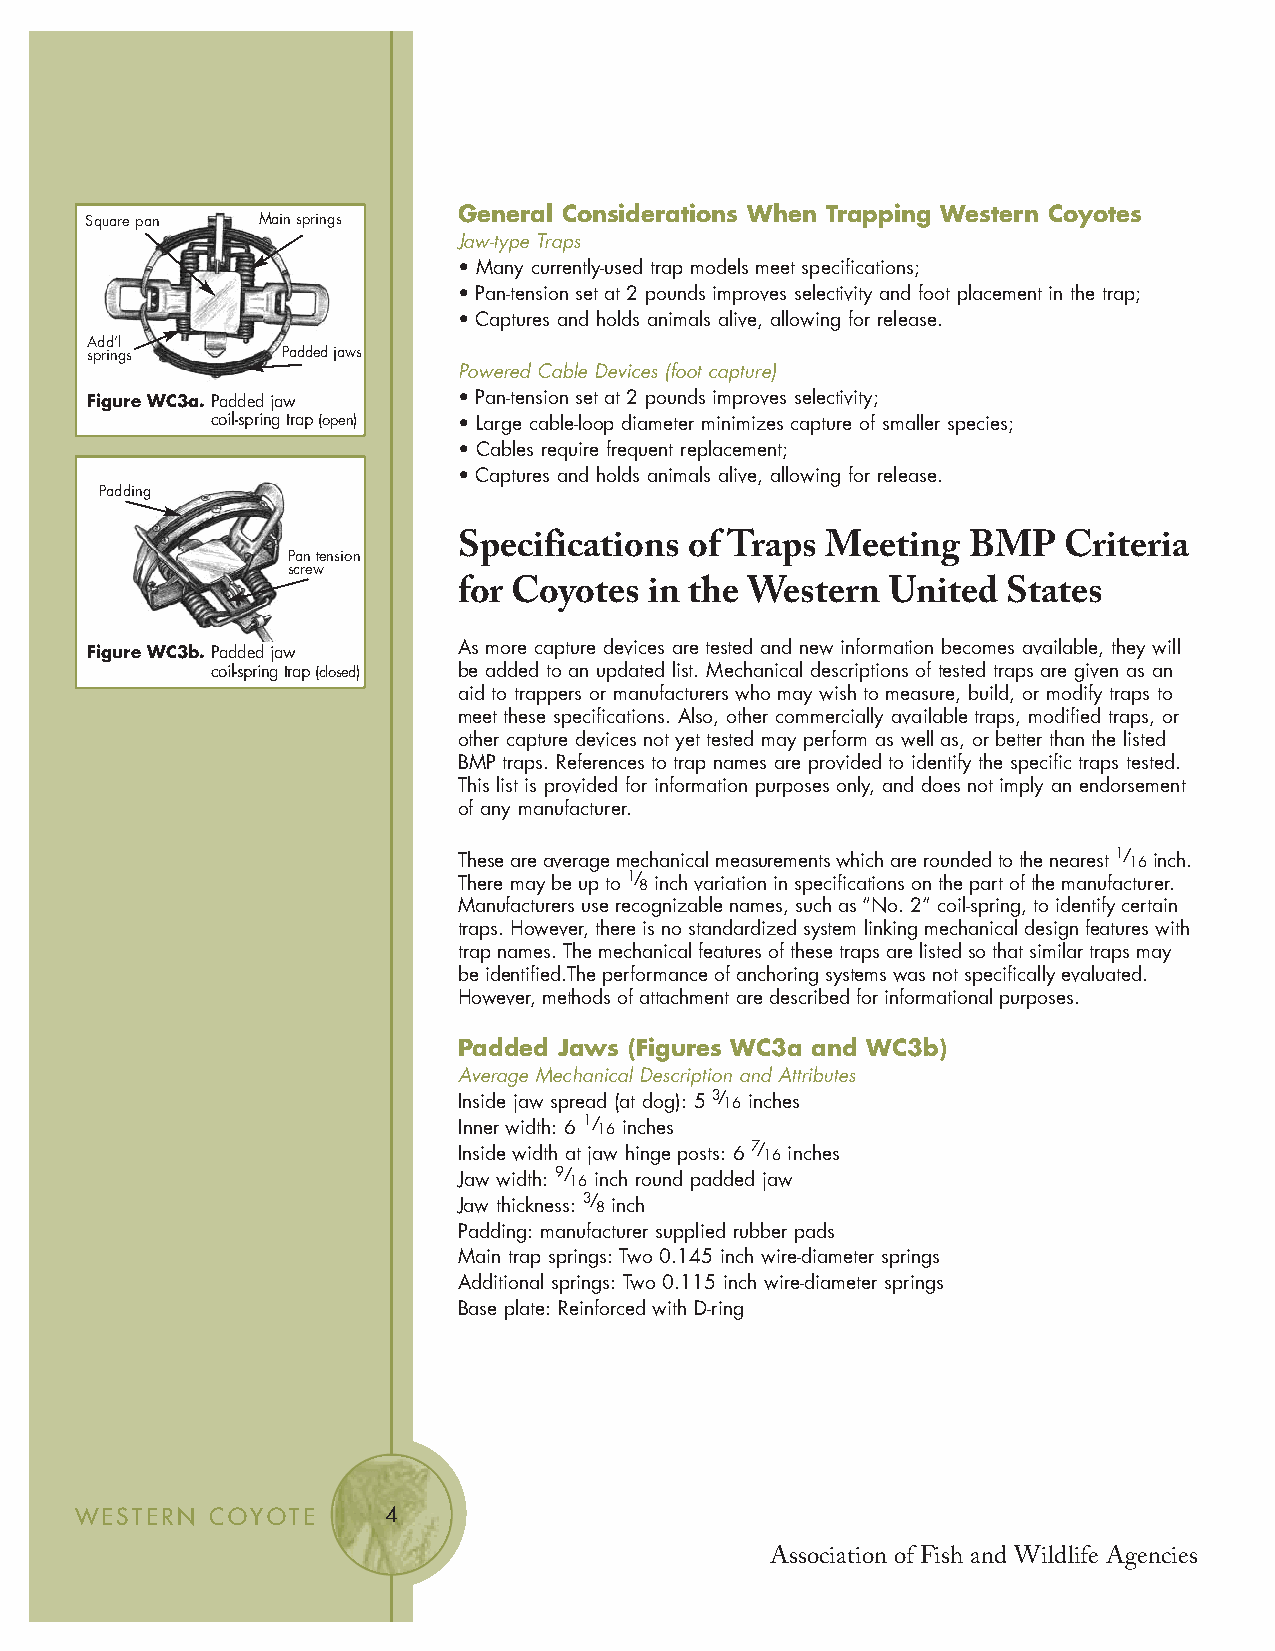
General Considerations When Trapping Western Coyotes
 Square pan Main springs
 Jaw-type Traps
 • Many currently-used trap models meet specifications;
 • Pan-tension set at 2 pounds improves selectivity and foot placement in the trap;
 • Captures and holds animals alive, allowing for release.
 Add’l
 springs      Padded jaws
 Powered Cable Devices (foot capture)
 Figure WC3a.Padded jaw  • Pan-tension set at 2 pounds improves selectivity;
 coil-spring trap(open) • Large cable-loop diameter minimizes capture of smaller species;
 • Cables require frequent replacement;
 • Captures and holds animals alive, allowing for release.
 Padding
 Specifications  of Traps Meeting  BMP   Criteria
 Pan tension
 screw
 for Coyotes  in the Western  United  States
 Figure WC3b.Padded jaw  As more capture devices are tested and new information becomes available, they will
 coil-spring trap(closed) be added to an updated list. Mechanical descriptions of tested traps are given as an
 aid to trappers or manufacturers who may wish to measure, build, or modify traps to
 meet these specifications. Also, other commercially available traps, modified traps, or
 other capture devices not yet tested may perform as well as, or better than the listed
 BMP traps. References to trap names are provided to identify the specific traps tested.
 This list is provided for information purposes only, and does not imply an endorsement
 of any manufacturer.
 These are average mechanical measurements which are rounded to the nearest 1/ 16inch.
 There may be up to 1/ 8 inch variation in specifications on the part of the manufacturer.
 Manufacturers use recognizable names, such as “No. 2” coil-spring, to identify certain
 traps. However, there is no standardized system linking mechanical design features with
 trap names. The mechanical features of these traps are listed so that similar traps may
 be identified.The performance of anchoring systems was not specifically evaluated.
 However, methods of attachment are described for informational purposes.
 Padded Jaws (Figures WC3a and WC3b)
 Average Mechanical Description and Attributes
 Inside jaw spread (at dog): 5 3/ 16 inches
 Inner width: 6 1/ 16 inches
 Inside width at jaw hinge posts: 6 7/ 16 inches
 Jaw width: 9/ 16 inch round padded jaw
 Jaw thickness: 3/ 8 inch
 Padding: manufacturer supplied rubber pads
 Main trap springs: Two 0.145 inch wire-diameter springs
 Additional springs: Two 0.115 inch wire-diameter springs
 Base plate: Reinforced with D-ring
 WESTERN  COYOTE      4
 Association of Fish and Wildlife Agencies